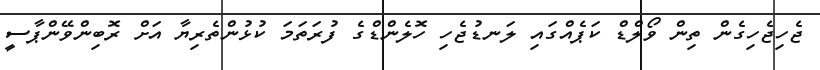
ޖެހިޖެހިގެން ތިން ވޯލްޑް ކަޕެއްގައި ލަނޑުޖެހި ހޮލެންޑްގެ ފުރަތަމަ ކުޅުންތެރިޔާ އަށް ރޮބިންވޭންޕާސީ